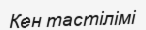
Кен тастілімі